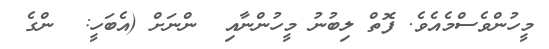
މީހުންވެސްމެއެވެ. ފޮތް ލިބުނު މީހުންނާއި  ންނަށް (އެބަހީ:  ންގެ